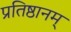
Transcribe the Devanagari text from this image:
प्रतिष्ठानम्